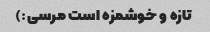
تازه و خوشمزه است مرسی:)